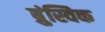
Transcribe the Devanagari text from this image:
ब्रुंस्विक